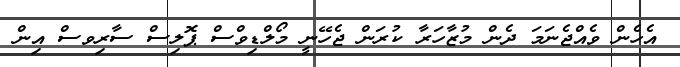
އެހެން ވެއްޖެނަމަ ދެން މުޒާހަރާ ކުރަން ޖެހޭނީ މޯލްޑިވްސް ޕޮލިސް ސާރިވސް އިން